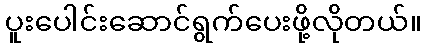
ပူးပေါင်းဆောင်ရွက်ပေးဖို့လိုတယ်။